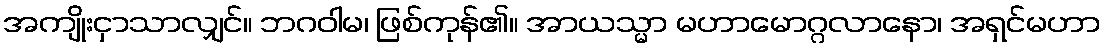
အကျိုးငှာသာလျှင်။ ဘဂဝါမ၊ ဖြစ်ကုန်၏။ အာယသ္မာ မဟာမောဂ္ဂလာနော၊ အရှင်မဟာ